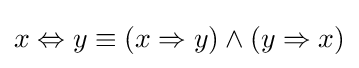
x\Leftrightarrow y\equiv (x\Rightarrow y)\wedge (y\Rightarrow x)